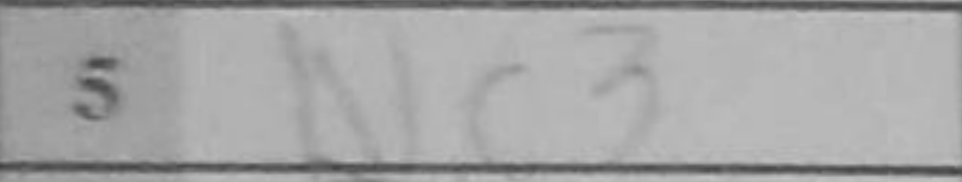
Transcription: Nc3